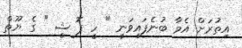
އިތުރަށް އެމާ ބުނެފައިވަނީ " ހީ ފޮ ޝީ " ގެ ޔޫތް